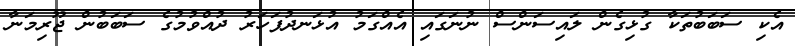
އެކި ސަބަބުތަކާ ގުޅިގެން ލައިސަންސް ނުނަގައި އެއްގަމު އުޅަނދުފަހަރު ދުއްވުމުގެ ސަބަބުން ޖޫރިމަނާ